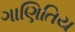
ગાણિતિય